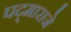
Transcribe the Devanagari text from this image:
पद्‌माराजे